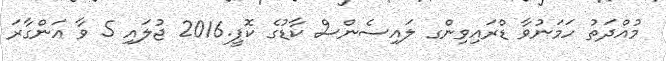
މުއްދަތު ހަމަނުވާ ޑްރައިވިންގ ލައިސެންސް ކާޑުގެ ކޮޕީ.2016 ޖުލައި 5 ވާ އަންގާރަ